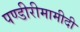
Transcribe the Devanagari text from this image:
पण्डीरीमामीदी